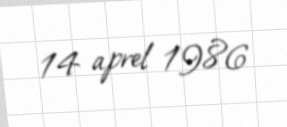
14 aprel 1986